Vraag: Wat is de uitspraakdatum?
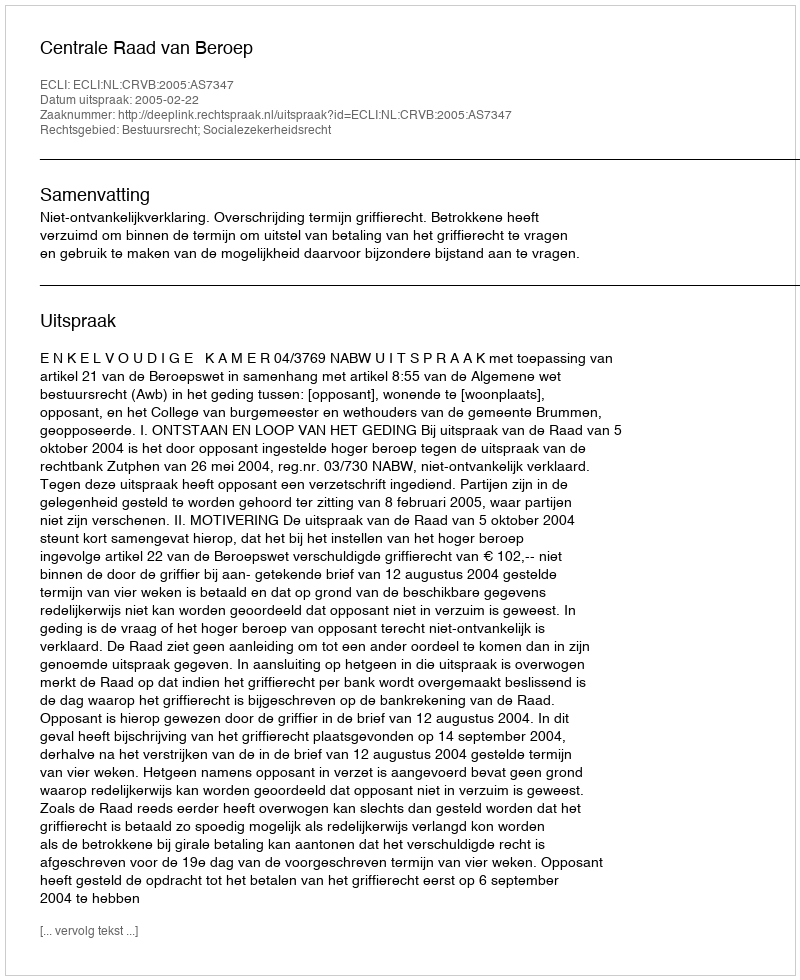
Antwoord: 2005-02-22